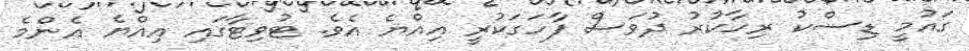
ގައުމީ ޑިސްކު ރިހާކުރު ދުވަސް ފާހަގަކުރީ އިއްޔެ އެވެ. ޓުވިޓާގައި އިއްޔެ އެންމެ